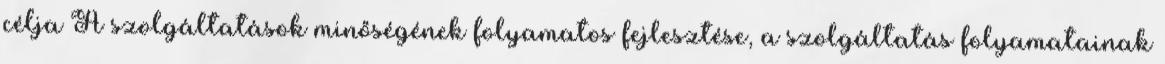
célja A szolgáltatások minőségének folyamatos fejlesztése, a szolgáltatás folyamatainak